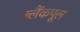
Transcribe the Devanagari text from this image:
ब्लैंकपूल